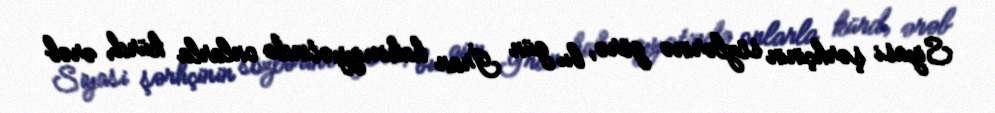
Siyasi şərhçinin sözlərinə görə, bu gün İran hakimiyyətində onlarla kürd, ərəb